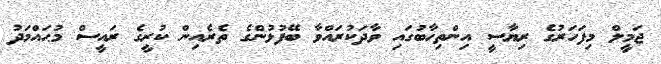
ޖަމީލް މިފަހަރުގެ ރިޔާސީ އިންތިހާބުގައި ވާދަކުރައްވާ ބޭފުޅުންގެ ތެރެއިން ކުރީގެ ރައީސް މުޙައްމަދު